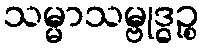
သမ္မာသမ္ဗုဒ္ဓဉ္စ